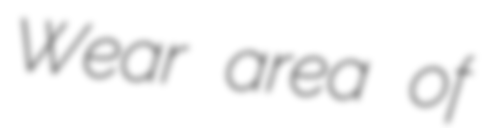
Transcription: Wear area of